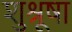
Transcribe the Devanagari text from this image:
शु्श्रूषा